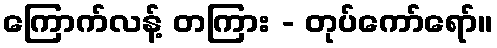
ကြောက်လန့် တကြား - တုပ်ကော်ရော်။